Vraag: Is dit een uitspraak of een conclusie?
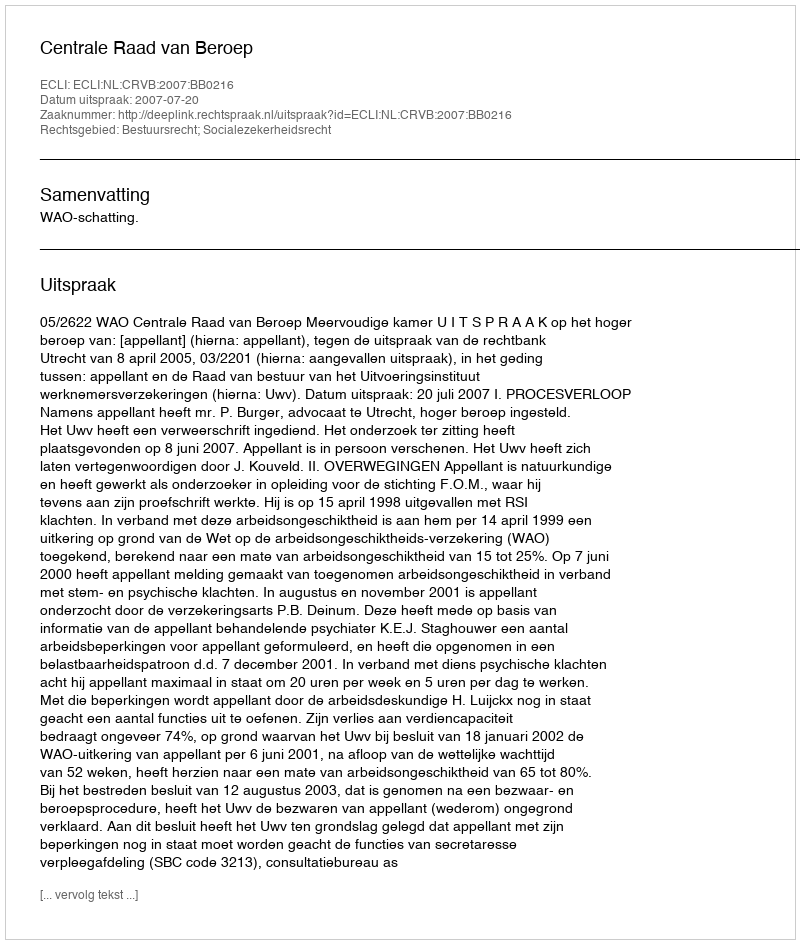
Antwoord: Uitspraak